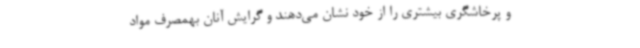
و پرخاشگری بیشتری را از خود نشان می‌دهند و گرایش آنان بهمصرف مواد